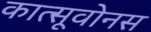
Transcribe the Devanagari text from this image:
कात्सूवोनस